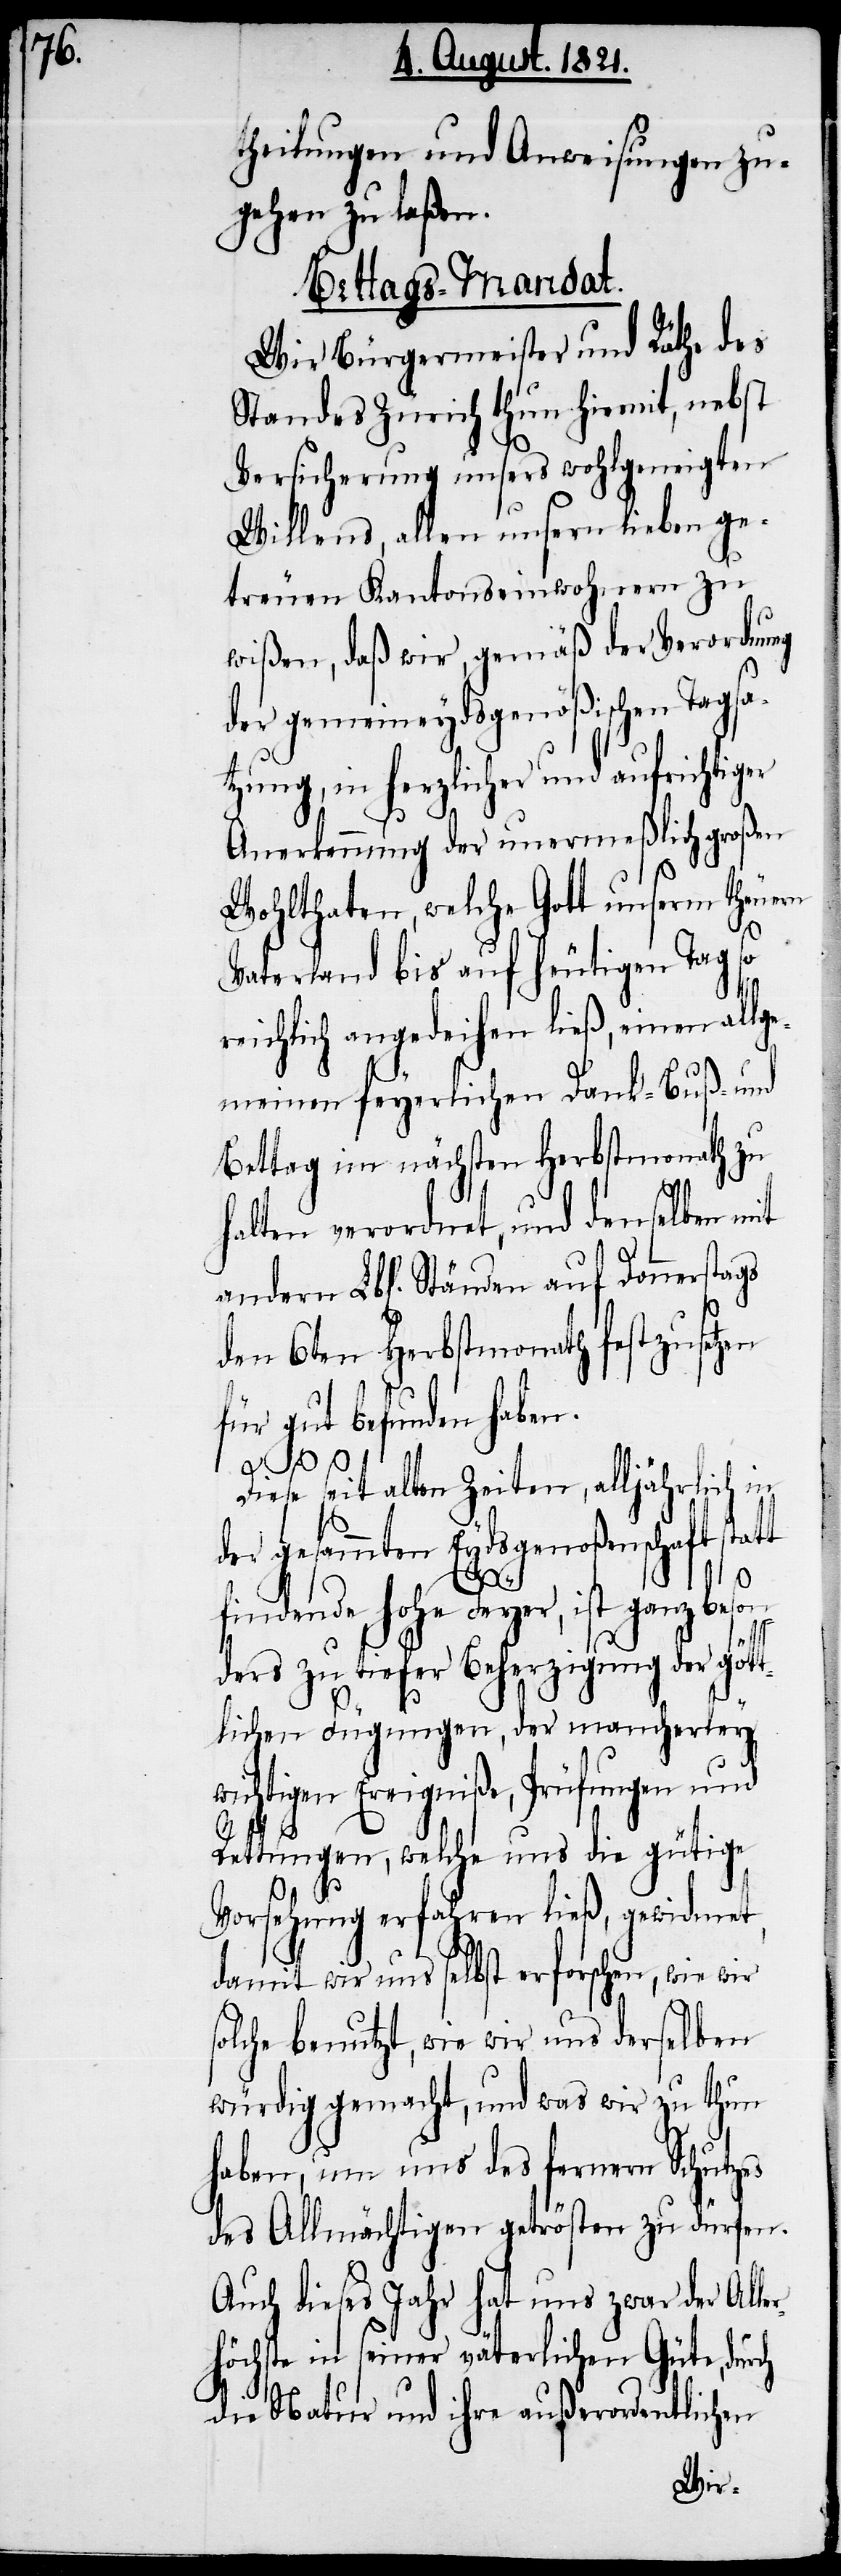
theilungen und Anweisungen zu¬
gehen zu laßen.
Bettags-Mandat.
Wir Bürgermeister und Räthe des
Standes Zürich thun hiermit, nebst
Versicherung unsers wohlgeneigten
Willens, allen unsern lieben ge¬
treuen Kantonseinwohnern zu
wißen, daß wir, gemäß der Verordnung
der gemeineydsgenößischen Tags¬
tzung, in herzlicher und aufrichtiger
Anerkennung der unermeßlich großen
Wohlthaten, welche Gott unserm theuren
Vaterland bis auf den heutigen Tag so
reichlich angedeihen ließ, einen allg¬
emeinen feyerlichen Dank- Buß- und
Bettag im nächsten Herbstmonath zu
halten verordnet, und denselben mit
den 6ten Herbstmonath festzusetzen
für gut befunden haben.
Diese seit alten Zeiten, alljährlich in
der gesammten Eydsgenoßenschaft statt
rch
findende hohe Feyer, ist ganz beson¬
ders zu tiefer Beherzigung der gött¬
lichen Fügungen, der mancherley w¬
ichtigen Ereigniße, Prüfungen und
Rettungen, welche uns die gütige
Vorsehung erfahren ließ, gewidmet,
damit wir uns selbst erforschen, wie wir
solche benutzt, wie wir uns derselben
würdig gemacht, und was wir zu thun
haben, um uns des fernern Schutzes
des Allmächtigen getrösten zu dürfen.
Auch dieses Jahr hat uns zwar der Alle¬
rhöchste in seiner väterlichen Güte, du¬
die Natur und ihre außerordentlichen